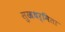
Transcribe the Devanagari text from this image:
सुखधर्मिता